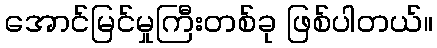
အောင်မြင်မှုကြီးတစ်ခု ဖြစ်ပါတယ်။